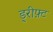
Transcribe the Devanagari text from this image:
ड्रीफ़्ट